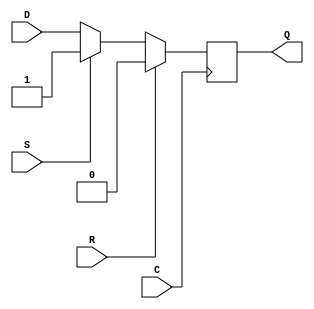
// $Header: /devl/xcs/repo/env/Databases/CAEInterfaces/xec_libs/data/unisims/FDRS_1.v,v 1.1 2005/05/10 01:20:03 wloo Exp $

/*

FUNCTION	: D-FLIP-FLOP with sync reset, sync set

*/

`celldefine
`timescale  100 ps / 10 ps

module FDRS_1 (Q, C, D, R, S);

    parameter INIT = 1'b0;

    output Q;
    reg    Q;

    input  C, D, R, S;

	always @(negedge C)
	    if (R)
		Q <= 0;
	    else if (S)
		Q <= 1;
	    else
		Q <= D;

endmodule